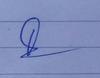
Signature authenticity: genuine